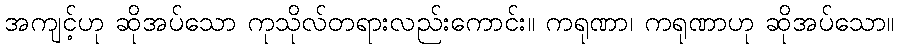
အကျင့်ဟု ဆိုအပ်သော ကုသိုလ်တရားလည်းကောင်း။ ကရုဏာ၊ ကရုဏာဟု ဆိုအပ်သော။